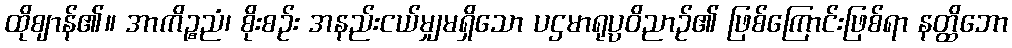
ထိုဈာန်၏။ အာကိဉ္စညံ၊ စိုးစဉ်း အနည်းငယ်မျှမရှိသော ပဌမာရုပ္ပဝိညာဉ်၏ ဖြစ်ကြောင်းဖြစ်ရာ နတ္ထိဘော